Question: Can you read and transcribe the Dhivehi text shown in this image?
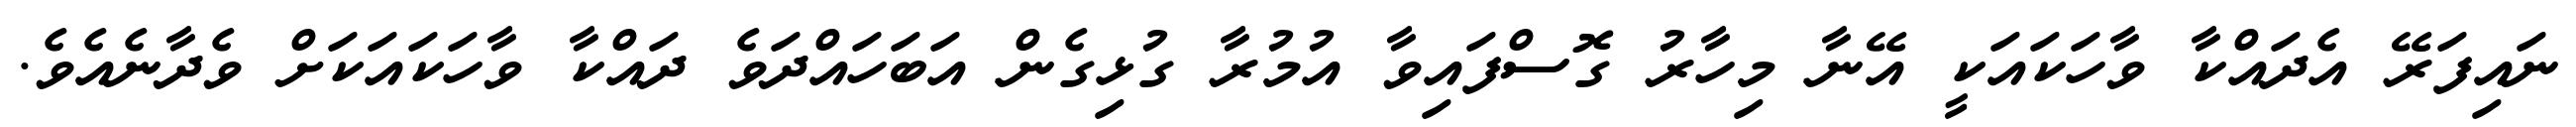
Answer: ނައިފަރޭ އެދައްކާ ވާހަކައަކީ އޭނާ މިހާރު ގޮސްފައިވާ އުމުރާ ގުޅިގެން އަބަހައްދަވެ ދައްކާ ވާހަކައަކަށް ވެދާނެއެވެ.